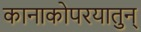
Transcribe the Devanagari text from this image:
कानाकोपरयातुन्